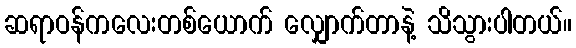
ဆရာဝန်ကလေးတစ်ယောက် လျှောက်တာနဲ့ သိသွားပါတယ်။